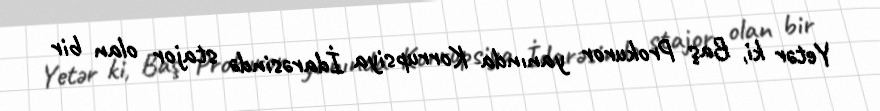
Yetər ki, Baş Prokuror yanında Korrupsiya İdarəsində stajor olan bir